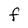
Character: F